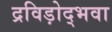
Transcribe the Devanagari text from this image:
द्रविड़ोद्भवा